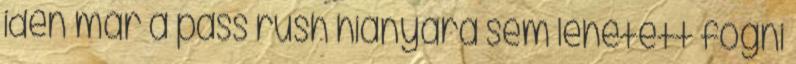
idén már a pass rush hiányára sem lehetett fogni